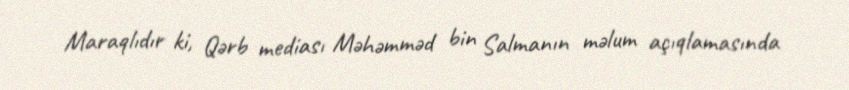
Maraqlıdır ki, Qərb mediası Məhəmməd bin Salmanın məlum açıqlamasında